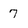
Character: 7